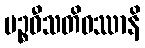
ပဉ္စဝီသတိဝဿာနိ